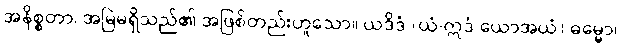
အနိစ္စတာ၊ အမြဲမရှိသည်၏ အဖြစ်တည်းဟူသော။ ယဒိဒံ (ယံ-ဣဒံ ယောအယံ) ဓမ္မော၊